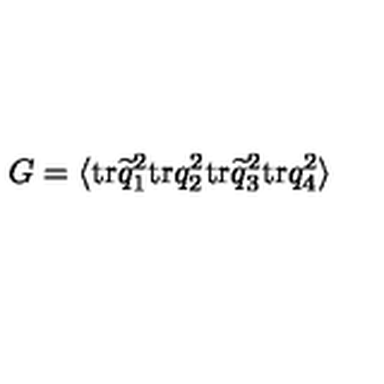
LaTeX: G = \langle \mathrm { t r } \widetilde q _ { 1 } ^ { 2 } \mathrm { t r } q _ { 2 } ^ { 2 } \mathrm { t r } \widetilde q _ { 3 } ^ { 2 } \mathrm { t r } q _ { 4 } ^ { 2 } \rangle